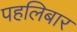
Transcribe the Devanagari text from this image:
पहलिबार